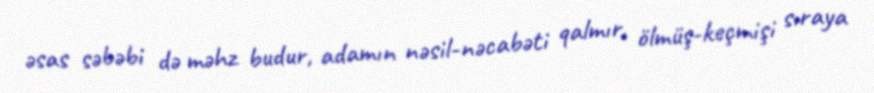
əsas səbəbi də məhz budur, adamın nəsil-nəcabəti qalmır, ölmüş-keçmişi sıraya